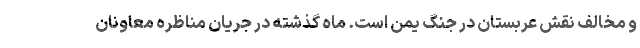
و مخالف نقش عربستان در جنگ یمن است. ماه گذشته در جریان مناظره معاونان